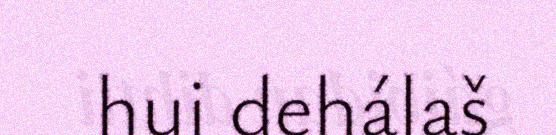
hui dehálaš